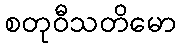
စတုဝီသတိမော